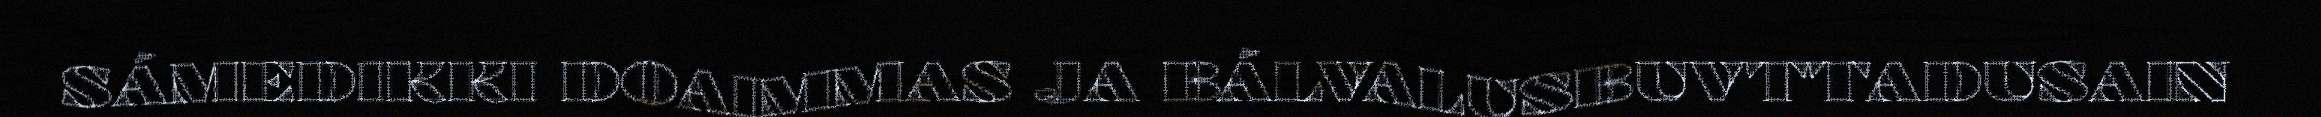
SÁMEDIKKI DOAIMMAS JA BÁLVALUSBUVTTADUSAIN